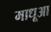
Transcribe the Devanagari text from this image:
माधूआ